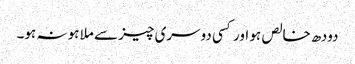
دودھ خالص ہو اور کسی دوسری چیز سے ملا ہو نہ ہو۔